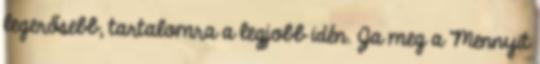
legerősebb, tartalomra a legjobb idén. Ja meg a Mennyit